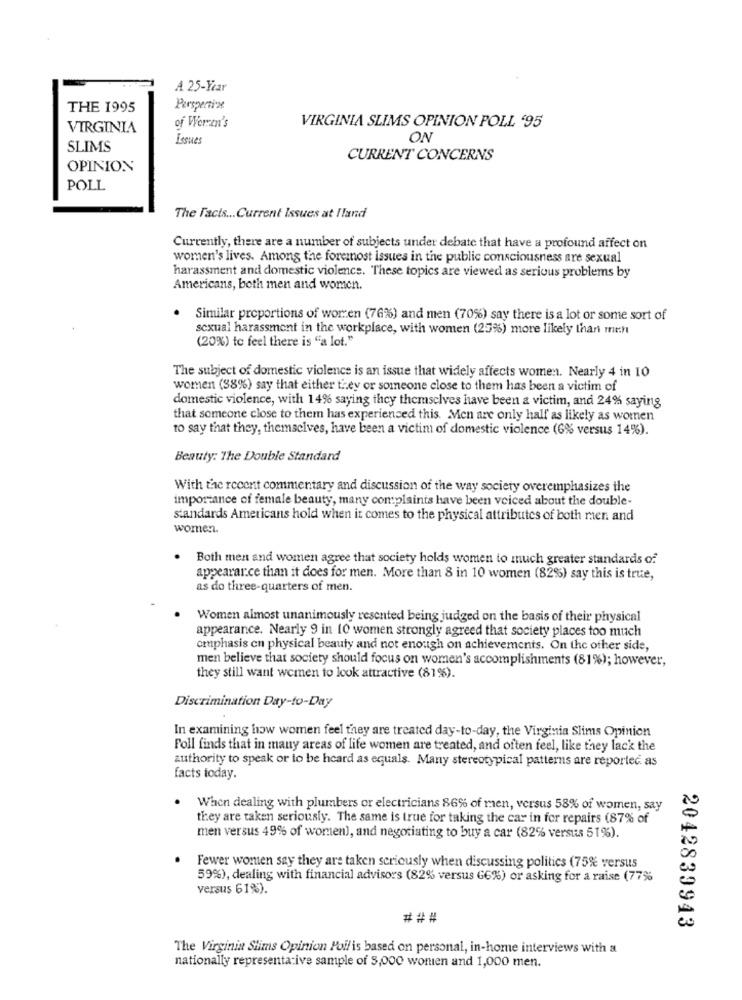
A 25-Year
THE 1995
Perspertine
VIRGINIA
of Werren's
VIRGINIA SLIMS OPINION POLL '95
Legues
ON
SLIMS
CURRENT CONCERNS
OPINION
POLL
The Facts ... Current Issues at Iland
Currently, there are a number of subjects under debate that have a profound affect on
women's lives. Among the foremost issues in the public consciousness are sexual
harassment and domestic violence. These topics are viewed as serious problems by
Americans, both men and women.
Similar proportions of worten (76%) and men (70%) say there is a lot or some sort of
sexual harassment in the workplace, with women (25%) more likely than men
(20%) to feel there is "a lot."
The subject of domestic violence is an issue that widely affects women. Nearly 4 in 10
women (38%) say that either they or someone close to them has been a victim of
domestic violence, with 14% saying they themselves have been a victim, and 24% saying
that someone close to them has experienced this. Men are only half as likely as women
to say that they, themselves, have been a victim of domestic violence (6% versus 14%).
Beauty: The Double Standard
With the recent commentary and discussion of the way society overemphasizes the
importance of female beauty, many complaints have been voiced about the double-
standards Americans hold when it comes to the physical attributes of both mer. and
women.
Both men and women agree that society holds women to much greater standards of
appearar.ce than it does for men. More than 8 in 10 women (82%) say this is true,
as do three-quarters of men.
Women almost unanimously resented being judged on the basis of their physical
appearance. Nearly 9 in 10 women strongly agreed that society places too much
emphasis on physical beauty and not enough on achievements. On the other side,
men believe that society should focus on women's accomplishments (81%); however,
they still want women to look attractive (81%).
Discrimination Day-to-Day
In examining how women feel they are treated day-to-day, the Virginia Slims Opinion
Foll finds that in many areas of life women are treated, and often feel, like they lack the
authority to speak or to be heard as equals. Many stereotypical patterns are reported as
facts today.
When dealing with plumbers or electricians 86% of men, versus 58% of women, say
they are taken seriously. The same is true for taking the car in for repairs (87% of
men versus 49% of women), and negotiating to buy a car (82% versus 51%).
Fewer women say they are taken seriously when discussing politics (75% versus
59%), dealing with financial advisors (82% versus G6%) or asking for a raise (77%
versus 61%).
# ##
2042839943
The Virginia Slims Opinion Pollis based on personal, in-home interviews with a
nationally representative sample of 5,000 wonen and 1,000 men.